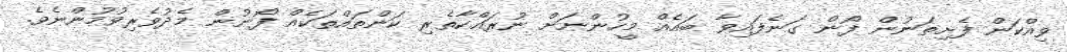
ވިއްކަން ފެށިތަނުން ފޯން ގަނެފައިވާ ބައެއް މީހުންނަށް ނުރައްކާތެރި ކަންތައްތަކެއް ފޯނުން މެދުވެރިވުމުންނެވެ.